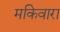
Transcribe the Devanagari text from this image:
मकिवारा